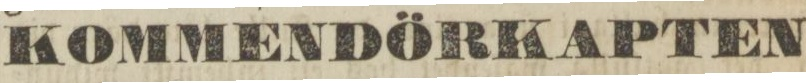
KOMMENDÖRKAPTEN